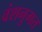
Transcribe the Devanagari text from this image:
वंशनुगत